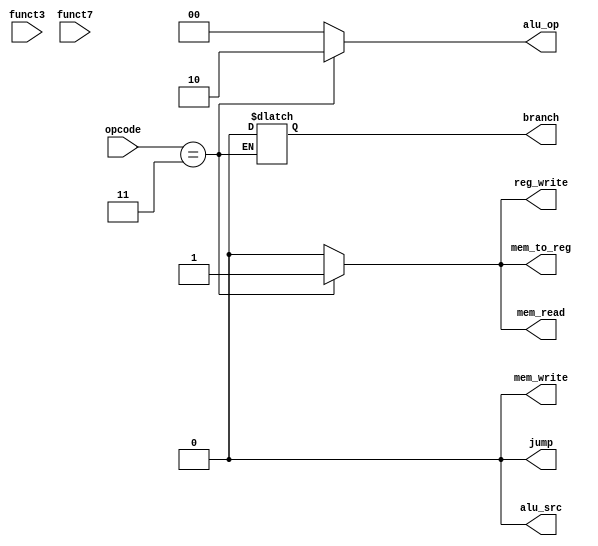
module Control_Unit(
  input [6:0] opcode,
  input [2:0] funct3,
  input [6:0] funct7,
  output [1:0] alu_op,
  output jump,
         branch,
         mem_read,
         mem_write,
         alu_src,
         mem_to_reg,
         reg_write);


always @(*)
begin
  case(opcode) 
    4'b0000011:  // load
      begin
        alu_src = 1'b0;
        mem_to_reg = 1'b1;
        reg_write = 1'b1;
        mem_read = 1'b1;
        mem_write = 1'b0;
        branch = 1'b0;
        alu_op = 2'b10;
        jump = 1'b0;   
      end
    4'b0100011:  // S-Type
      begin
        alu_src = 1'b0;
        mem_to_reg = 1'b0;
        reg_write = 1'b0;
        mem_read = 1'b0;
        mem_write = 1'b1;
        branch = 1'b0;
        alu_op = 2'b10;
        jump = 1'b0;   
      end
    4'b0110011:  // R-Type
      begin
        alu_src = 1'b1;
        mem_to_reg = 1'b0;
        reg_write = 1'b1;
        mem_read = 1'b0;
        mem_write = 1'b0;
        branch = 1'b0;
        alu_op = 2'b01;
        jump = 1'b0;   
      end
    default:
      begin
        reg_write = 1'b0;
        alu_src = 1'b0;
        mem_to_reg = 1'b0;
        reg_write = 1'b0;
        mem_read = 1'b0;
        mem_write = 1'b0;
        beq = 1'b0;
        bne = 1'b0;
        alu_op = 2'b00;
        jump = 1'b0; 
      end
  endcase
end

endmodule